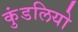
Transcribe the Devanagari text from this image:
कुंडलियो